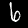
Label: 6